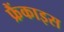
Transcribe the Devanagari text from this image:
फ्रैंकाइस